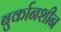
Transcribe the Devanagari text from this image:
बुर्कानशीन